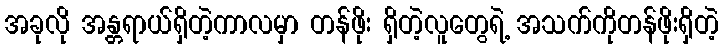
အခုလို အန္တရာယ်ရှိတဲ့ကာလမှာ တန်ဖိုး ရှိတဲ့လူတွေရဲ့ အသက်ကိုတန်ဖိုးရှိတဲ့